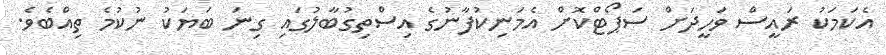
އެކަމަކު ރައީސް ވަހީދަށް ސަޕޯޓްކޮށް އެމަނިކުފާނުގެ އިސްތިގުބާލުގައި ގިނަ ބަޔަކު ނުކުމެ ތިއްބެވެ.